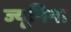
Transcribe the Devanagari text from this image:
ज्यूनिना